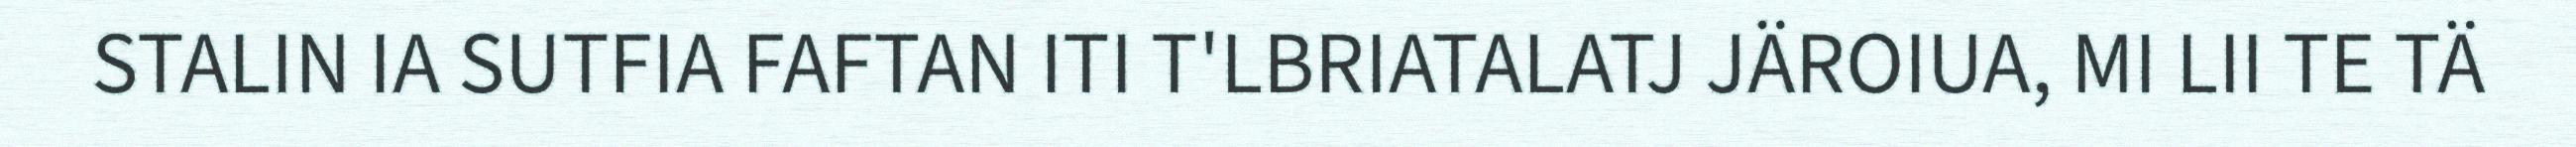
STALIN IA SUTFIA FAFTAN ITI T'LBRIATALATJ JÄROIUA, MI LII TE TÄ